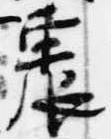
震